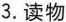
3.读物